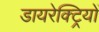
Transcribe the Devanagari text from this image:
डायरेक्ट्रियों